Leaving Certificate Examination, 1919
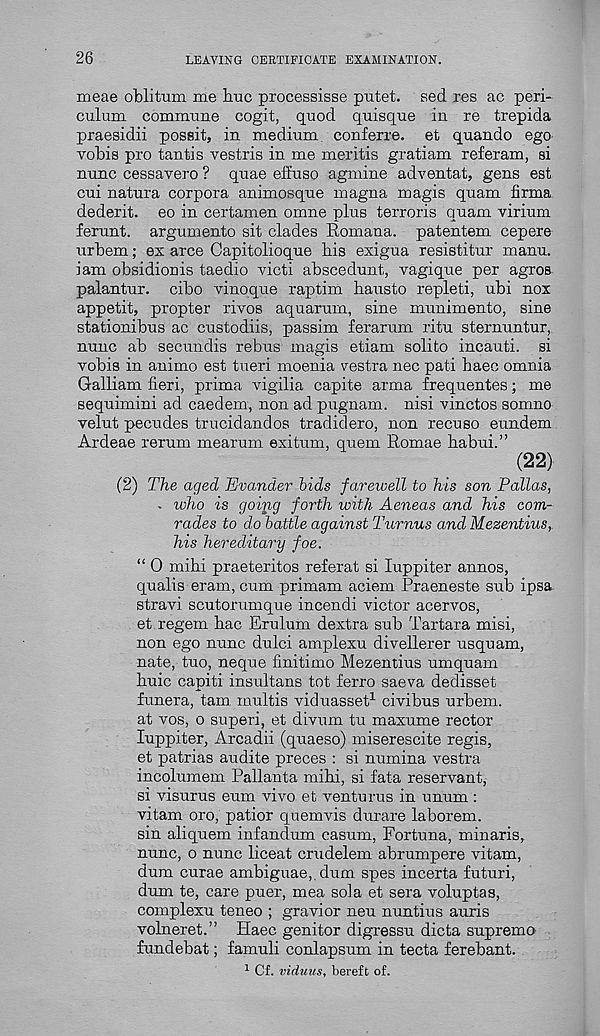
26
LEAVING CERTIFICATE EXAMINATION.
meae oblifrum me hue processisse putet. sed res ac peri-
culum commune cogit, quod quisque in re trepida
praesidii possit, in medium conferre. et quando ego
vobis pro tantis vestris in me meritis gratiam referam, si
nunc cessavero ? quae effuso agmine adventat, gens est
cui natura corpora animosque magna magis quam firma
dederit. eo in certamen omne plus terroris quam virium
ferunt. argumento sit clades Rornana. patentem cepere
urbem; ex arce Capitolioque his exigua resistitur manu.
iam obsidionis taedio victi abscedunt, vagique per agros
palantur. cibo vinoque raptim hausto repleti, ubi nox
appetit, propter rivos aquarurn, sine munimento, sine
stationibus ac custodiis, passim ferarum ritu sternuntur,
nunc ab secundis rebus magis etiam solito incauti. si
vobis in animo est tueri moenia vestra nec pati haeo omnia
Galliam fieri, prima vigilia capite arma frequentes; me
sequimini ad caedem, non ad pugnam. nisi vinctos somno
velut pecudes trucidandos tradidero, non recuso eundem
Ardeae rerum mearum exitum, quern Romae habui.”
(22)
(2) The aged Evander bids farewell to his son Pallas,
- who is going forth with Aeneas and his com-
rades to do battle against Turnus and Mezentius,.
his hereditary foe.
“ 0 mihi praeteritos referat si luppiter annos,
qualis eram, cum primam aciem Praeneste sub ipsa
stravi scutorumque incendi victor acervos,
et regem hac Erulum dextra sub Tartara misi,
non ego nunc dulci amplexu divellerer usquam,
nate, tuo, neque finitimo Mezentius umquam
huic capiti insultans tot ferro saeva dedisset
funera, tarn multis viduasset 1 civibus urbem.
at vos, o superi, et divum tu maxume rector
luppiter, Arcadii (quaeso) miserescite regis,
et patrias audite preces : si numina vestra
incolumem Pallanta mihi, si fata reservant,
si visurus eum vivo et venturus in unum :
vitam oro, patior quemvis durare laborem.
sin aliquern infandum casum, Fortuna, minaris,
nunc, o nunc liceat crudelem abrumpere vitam,
dum curae ambiguae,,dum spes incerta futuri,
dum te, care puer, mea sola et sera voluptas,
complexu teneo ; gravior neu nuntius auris
volneret.” Haec genitor digressu dicta supremo'
fundebat; famuli conlapsum in tecta ferebant.
1 Cf. viduus, bereft of.